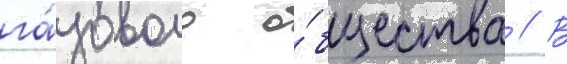
га́зового о́бщества // В